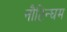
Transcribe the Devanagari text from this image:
नौटिन्घम